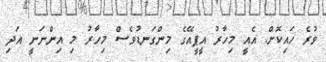
ވުރެ ހައިކޮށް. އެއީ މިހާރު އީޕީއޭގެ މިންގަނޑުވެސް މިހާރު މި އިންނަނީ އަދި